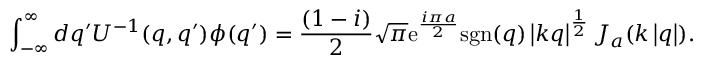
\int _ { - \infty } ^ { \infty } d q ^ { \prime } U ^ { - 1 } ( q , q ^ { \prime } ) \phi ( q ^ { \prime } ) = \frac { ( 1 - i ) } { 2 } \sqrt { \pi } \mathrm { e } ^ { \frac { i \pi a } { 2 } } \mathrm { s g n } ( q ) \left| k q \right| ^ { \frac { 1 } { 2 } } J _ { a } ( k \left| q \right| ) .